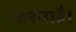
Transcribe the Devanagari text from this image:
करनाहै।